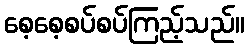
စေ့စေ့စပ်စပ်ကြည့်သည်။